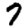
Digit: 7